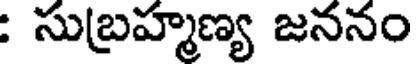
: సుబ్రహ్మణ్య జననం